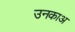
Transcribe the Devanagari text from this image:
उनकाअ